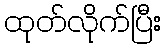
ထုတ်လိုက်ပြီး